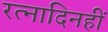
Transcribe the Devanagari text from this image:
रत्नादिनहीं